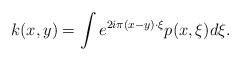
LaTeX: \begin{align*}k(x,y)=\int e^{{2i\pi}(x-y)\cdot \xi}p(x,\xi)d\xi.\end{align*}